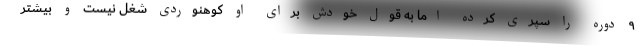
۹ دوره را سپری کرده اما به قول خودش برای او کوهنوردی شغل نیست و بیشتر